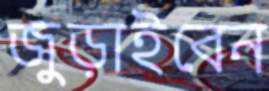
জুড়াইবেন